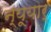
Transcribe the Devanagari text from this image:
न्यूयार्